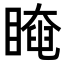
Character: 𥉱